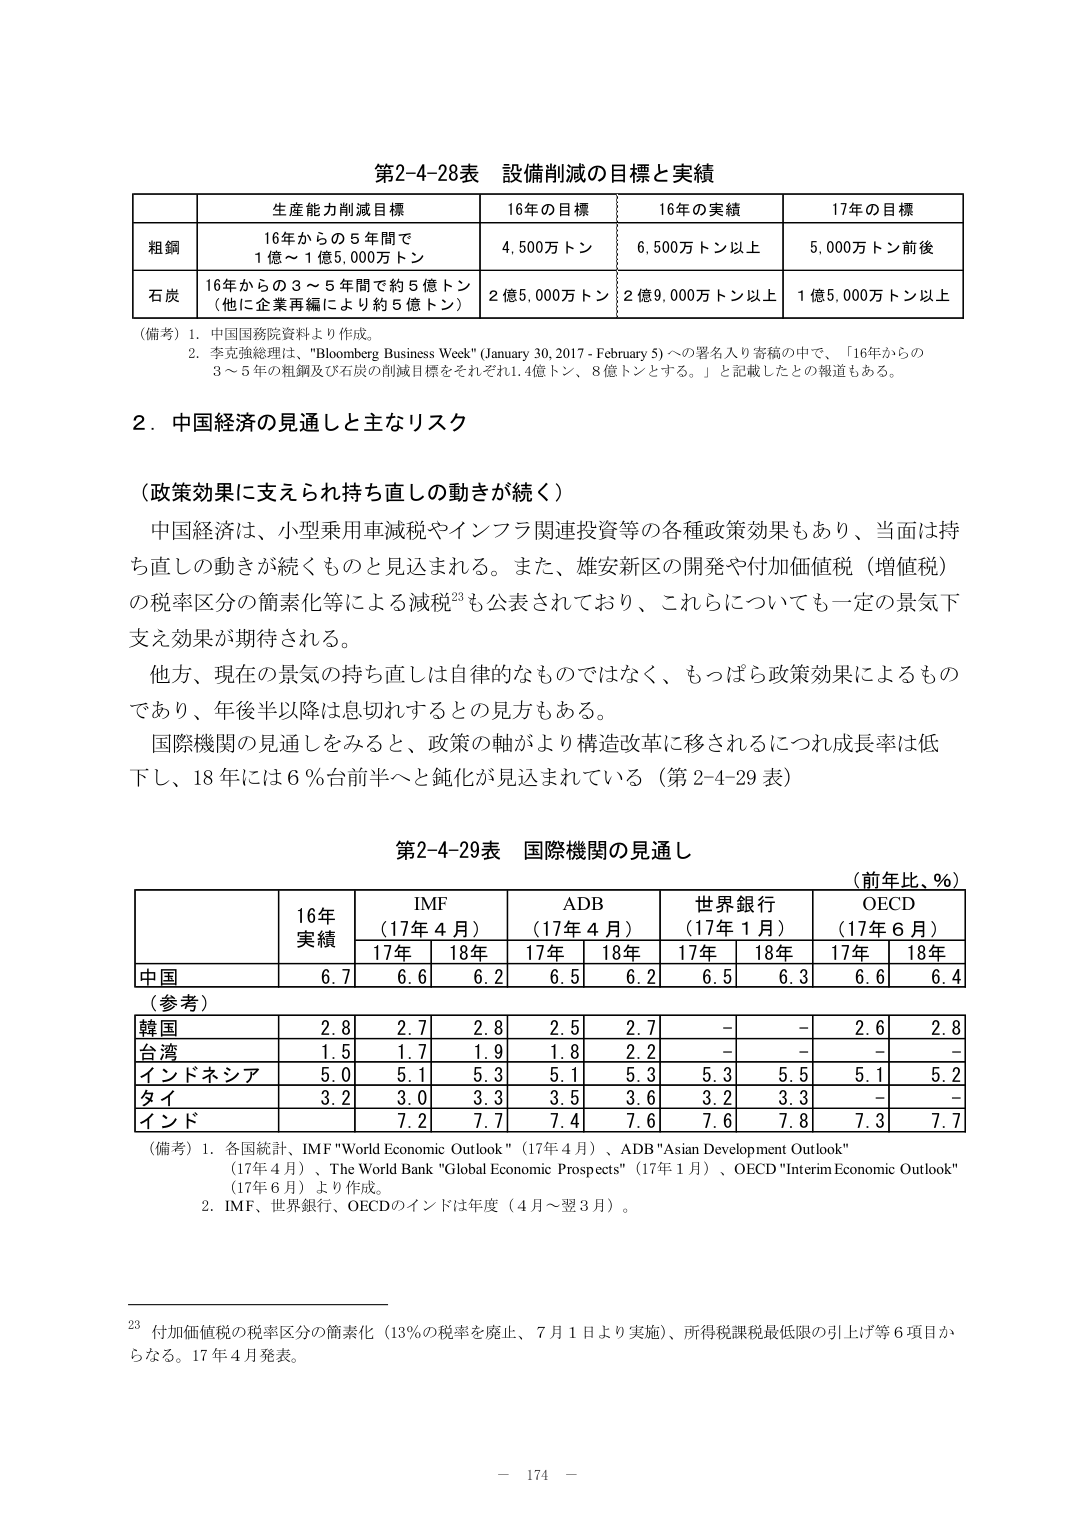
第2-4-28表 設備削減の目標と実績

| | 生産能力削減目標 | 16年の目標 | 16年の実績 | 17年の目標 |
|---|---|---|---|---|
| 粗鋼 | 16年からの5年間で<br>1億～1億5,000万トン | 4,500万トン | 6,500万トン以上 | 5,000万トン前後 |
| 石炭 | 16年からの3～5年間で約5億トン<br>（他に企業再編により約5億トン） | 2億5,000万トン | 2億9,000万トン以上 | 1億5,000万トン以上 |

（備考）1. 中国国務院資料より作成。<br>2. 李克強総理は、"Bloomberg Business Week" (January 30, 2017 - February 5) への署名入り寄稿の中で、「16年からの3～5年の粗鋼及び石炭の削減目標をそれぞれ1.4億トン、8億トンとする。」と記載したとの報道もある。

2. 中国経済の見通しと主なリスク

（政策効果に支えられ持ち直しの動きが続く）

中国経済は、小型乗用車減税やインフラ関連投資等の各種政策効果もあり、当面は持ち直しの動きが続くものと見込まれる。また、雄安新区の開発や付加価値税（増値税）の税率区分の簡素化等による減税23も公表されており、これらについても一定の景気下支え効果が期待される。

他方、現在の景気の持ち直しは自律的なものではなく、もっぱら政策効果によるものであり、年後半以降は息切れするとの見方もある。

国際機関の見通しをみると、政策の軸がより構造改革に移されるにつれ成長率は低下し、18年には6％台前半へと鈍化が見込まれている（第2-4-29表）

第2-4-29表 国際機関の見通し

（前年比、％）

| | 16年<br>実績 | IMF<br>（17年4月） | ADB<br>（17年4月） | 世界銀行<br>（17年1月） | OECD<br>（17年6月） |
|---|---|---|---|---|---|
| | | 17年 | 18年 | 17年 | 18年 | 17年 | 18年 | 17年 | 18年 |
| 中国 | 6.7 | 6.6 | 6.2 | 6.5 | 6.2 | 6.5 | 6.3 | 6.6 | 6.4 |
| （参考） | | | | | | | | | |
| 韓国 | 2.8 | 2.7 | 2.8 | 2.5 | 2.7 | - | - | 2.6 | 2.8 |
| 台湾 | 1.5 | 1.7 | 1.9 | 1.8 | 2.2 | - | - | - | - |
| インドネシア | 5.0 | 5.1 | 5.3 | 5.1 | 5.3 | 5.3 | 5.5 | 5.1 | 5.2 |
| タイ | 3.2 | 3.0 | 3.3 | 3.5 | 3.6 | 3.2 | 3.3 | - | - |
| インド | | 7.2 | 7.7 | 7.4 | 7.6 | 7.6 | 7.8 | 7.3 | 7.7 |

（備考）1. 各国統計、IMF "World Economic Outlook"（17年4月）、ADB "Asian Development Outlook"（17年4月）、The World Bank "Global Economic Prospects"（17年1月）、OECD "Interim Economic Outlook"（17年6月）より作成。<br>2. IMF、世界銀行、OECDのインドは年度（4月～翌3月）。

23 付加価値税の税率区分の簡素化（13％の税率を廃止、7月1日より実施）、所得税課税最低限の引上げ等6項目からなる。17年4月発表。

－ 174 －